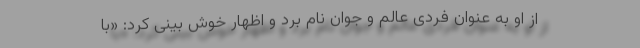
از او به عنوان فردی عالم و جوان نام برد و اظهار خوش بینی کرد: «با